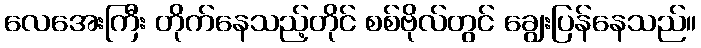
လေအေးကြီး တိုက်နေသည့်တိုင် စစ်ဗိုလ်တွင် ချွေးပြန်နေသည်။